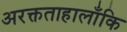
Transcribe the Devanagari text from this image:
अरक्तताहालाँकि